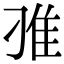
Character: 𨾆